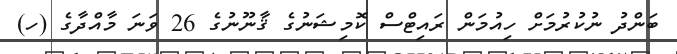
ބަންދު ނުކުރުމަށް ހިއުމަން ރައިޓްސް ކޮމިޝަނުގެ ޤާނޫނުގެ 26 ވަނަ މާއްދާގެ (ހ)